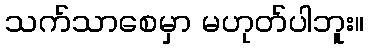
သက်သာစေမှာ မဟုတ်ပါဘူး။